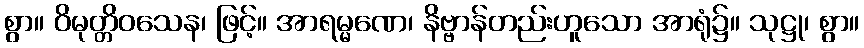
စွာ။ ဝိမုတ္တိဝသေန၊ ဖြင့်။ အာရမ္မဏေ၊ နိဗ္ဗာန်တည်းဟူသော အာရုံ၌။ သုဋ္ဌု၊ စွာ။